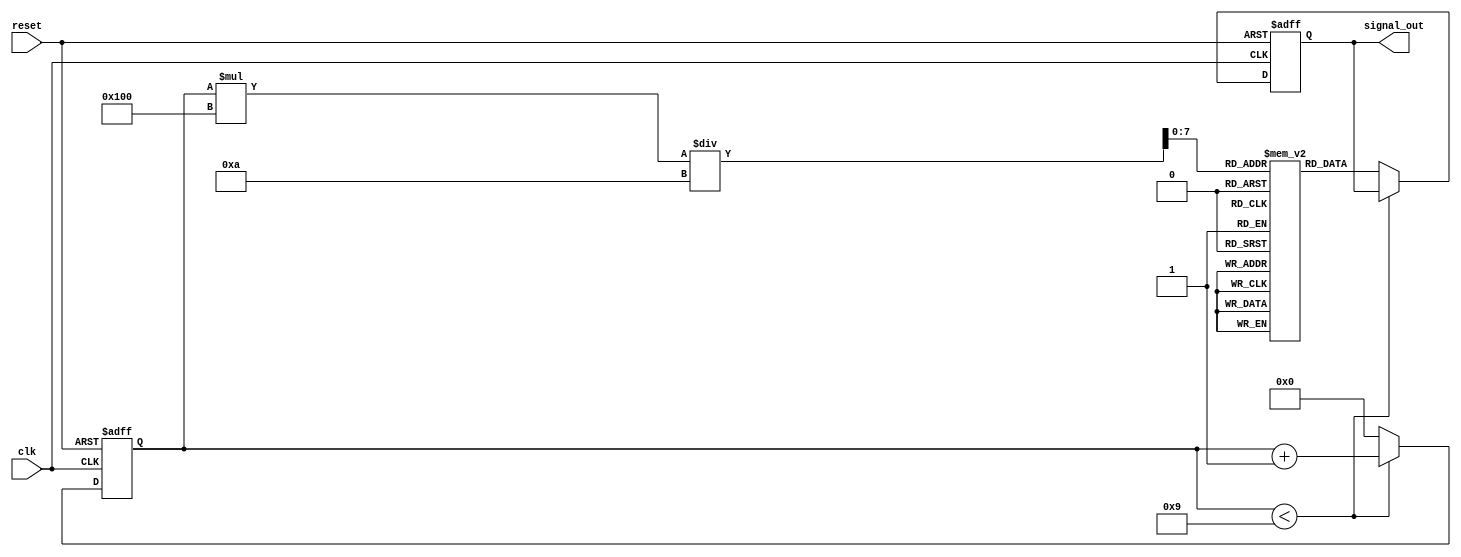
module SignalGenerator #(
    parameter integer FREQ_PARAM = 100,       // Frequency in Hz
    parameter integer AMPLITUDE_PARAM = 8,     // Amplitude (0 to 255 for 8-bit output)
    parameter integer WAVEFORM_TYPE = 0,       // 0: Sine, 1: Square, 2: Triangle, 3: Sawtooth
    parameter integer PHASE_OFFSET = 0          // Phase offset in degrees
)(
    input wire clk,                             // Clock input
    input wire reset,                           // Reset input
    output reg [7:0] signal_out                 // 8-bit signal output
);

    // Internal parameters
    localparam integer SAMPLE_RATE = 1000;     // Sample rate in Hz
    localparam integer MAX_COUNT = SAMPLE_RATE / FREQ_PARAM;
    localparam integer PI = 3.14159265358979323846 * 100; // Scaled PI for sine calculations
    localparam integer PHASE_OFFSET_SCALING = 360; // Scaling for phase offset

    reg [31:0] counter = 0;                     // Counter for timing
    reg [7:0] sine_lookup [0:255];              // Lookup table for sine wave
    integer i;

    // Initialize the sine lookup table
    initial begin
        for (i = 0; i < 256; i = i + 1) begin
            sine_lookup[i] = AMPLITUDE_PARAM * (1 + $sin((2 * PI * i / 256) + (PHASE_OFFSET * PI / 180))) / 2; // Scale sine wave
        end
    end

    // Generate the signal based on the selected waveform type
    always @(posedge clk or posedge reset) begin
        if (reset) begin
            counter <= 0;
            signal_out <= 0;
        end else begin
            if (counter < MAX_COUNT - 1) begin
                counter <= counter + 1;
            end else begin
                counter <= 0;

                case (WAVEFORM_TYPE)
                    0: // Sine Wave
                        signal_out <= sine_lookup[counter * 256 / MAX_COUNT];
                    1: // Square Wave
                        signal_out <= (counter < MAX_COUNT / 2) ? AMPLITUDE_PARAM : 0;
                    2: // Triangle Wave
                        signal_out <= (counter < MAX_COUNT / 2) ? 
                            (counter * (AMPLITUDE_PARAM * 2) / (MAX_COUNT / 2)) : 
                            (AMPLITUDE_PARAM * 2 - counter * (AMPLITUDE_PARAM * 2) / (MAX_COUNT / 2));
                    3: // Sawtooth Wave
                        signal_out <= (counter * AMPLITUDE_PARAM) / MAX_COUNT;
                    default: 
                        signal_out <= 0; // Default case
                endcase
            end
        end
    end

endmodule